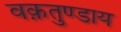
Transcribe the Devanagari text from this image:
वक़तुण्डाय